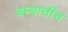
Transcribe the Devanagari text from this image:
बघ्याचीच